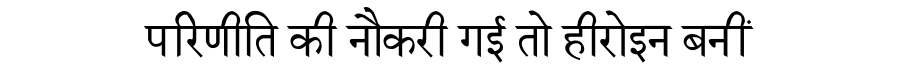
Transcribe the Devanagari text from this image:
परिणीति की नौकरी गई तो हीरोइन बनीं